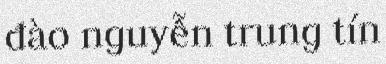
đào nguyễn trung tín